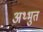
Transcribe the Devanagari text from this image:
अथ्भुत